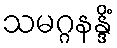
သမဂ္ဂနန္ဒိံ